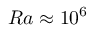
R a \approx 1 0 ^ { 6 }